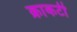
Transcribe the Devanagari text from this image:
क्राकटी